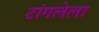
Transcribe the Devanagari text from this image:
टांगलेला